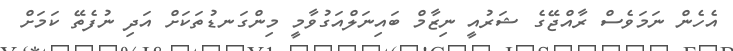
އެހެން ނަމަވެސް ރާއްޖޭގެ ޝަރުއީ ނިޒާމް ބައިނަލްއަގުވާމީ މިންގަނޑުތަކަށް އަދި ނުފެތޭ ކަމަށް